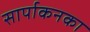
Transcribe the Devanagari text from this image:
सार्पाकनका